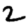
Digit: 2